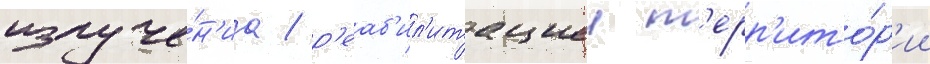
излуче́н'иа / р'еаб'ил'итациеи т'ерр'ито́р'ии